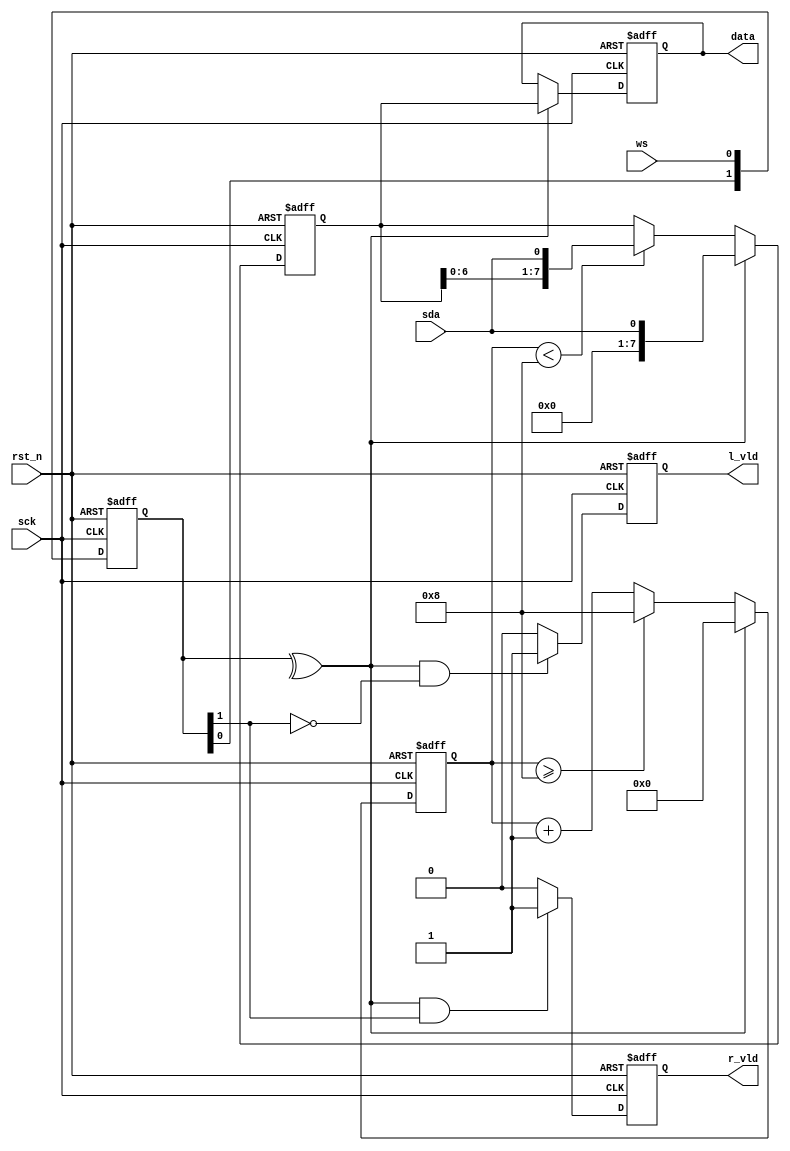
//******************************************************************

//******************************************************************
`timescale 1ns/1ns
module pgr_i2s_rx
#(
    parameter DATA_WIDTH = 8
)
(
    input                           sck,
    input                           rst_n,

    input                           ws,
    input                           sda,

    output  reg [DATA_WIDTH - 1:0]  data,
    output  reg                     l_vld,
    output  reg                     r_vld
);

reg [DATA_WIDTH - 1:0]  sr;

localparam CNT_WIDTH = LOG2(DATA_WIDTH);//2

reg [1:0]               ws_d;
wire                    ws_e;
reg [CNT_WIDTH:0]   cnt;

always @(posedge sck or negedge rst_n)
begin
    if(~rst_n)
        ws_d <= 2'b0;
    else
        ws_d <= {ws_d[0],ws};
end

assign ws_e = ^ ws_d;

always @(posedge sck or negedge rst_n)
begin
    if(~rst_n)
        cnt <= {DATA_WIDTH+1{1'b0}};
    else if(ws_e)
        cnt <= {DATA_WIDTH+1{1'b0}};
    else if(cnt >= DATA_WIDTH)
        cnt <= DATA_WIDTH;
    else
        cnt <= cnt + {{CNT_WIDTH{1'b0}},1'b1};
end

always @(posedge sck or negedge rst_n)
begin
    if(~rst_n)
        sr <= {DATA_WIDTH{1'b0}};
    else if(ws_e)
        sr <= {{DATA_WIDTH-1{1'b0}},sda};
    else if(cnt < DATA_WIDTH)
        sr <= {sr[DATA_WIDTH-2:0],sda};
end

always @(posedge sck or negedge rst_n)
begin
    if(~rst_n)
        data <= {DATA_WIDTH{1'b0}};
    else if(ws_e)
        data <= sr;
end

always @(posedge sck or negedge rst_n)
begin
    if(~rst_n)
        r_vld <= 1'b0;
    else if(ws_e && ws_d[1])
        r_vld <= 1'b1;
    else
        r_vld <= 1'b0;
end

always @(posedge sck or negedge rst_n)
begin
    if(~rst_n)
        l_vld <= 1'b0;
    else if(ws_e && ~ws_d[1])
        l_vld <= 1'b1;
    else
        l_vld <= 1'b0;
end

function integer LOG2;
    input integer dep;
    begin
        LOG2 = 0;
        while (dep > 1)
        begin
            dep  = dep >> 1;
            LOG2 = LOG2 + 1;
        end
    end
endfunction

endmodule //pgr_i2s_rx